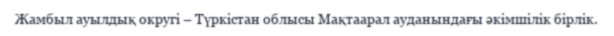
Жамбыл ауылдық округі – Түркістан облысы Мақтаарал ауданындағы әкімшілік бірлік.